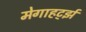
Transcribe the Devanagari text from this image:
मेगाहर्ट्झ